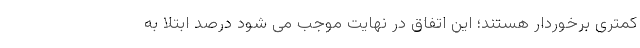
کمتری برخوردار هستند؛ این اتفاق در نهایت موجب می شود درصد ابتلا به